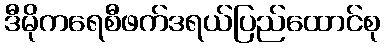
ဒီမိုကရေစီဖက်ဒရယ်ပြည်ထောင်စု